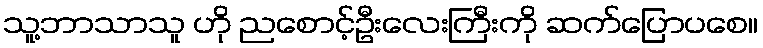
သူ့ဘာသာသူ ဟို ညစောင့်ဦးလေးကြီးကို ဆက်ပြောပစေ။